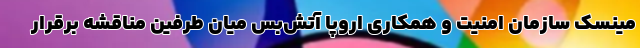
مینسک سازمان امنیت و همکاری اروپا آتش‌بس میان طرفین مناقشه برقرار